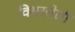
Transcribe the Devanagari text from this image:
विसरलेली